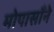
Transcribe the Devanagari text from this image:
मोपासाँने